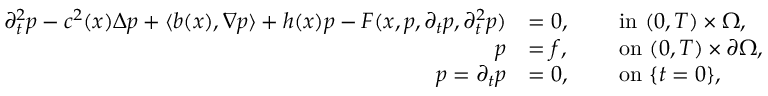
\begin{array} { r l r l } { \partial _ { t } ^ { 2 } p - c ^ { 2 } ( x ) \Delta p + \langle b ( x ) , \nabla p \rangle + h ( x ) p - F ( x , p , \partial _ { t } p , \partial _ { t } ^ { 2 } p ) } & { = 0 , } & { \ } & { \mathrm { i n ~ } ( 0 , T ) \times \Omega , } \\ { p } & { = f , } & { \ } & { \mathrm { o n ~ } ( 0 , T ) \times \partial \Omega , } \\ { p = { \partial _ { t } p } } & { = 0 , } & { \ } & { \mathrm { o n ~ } \{ t = 0 \} , } \end{array}